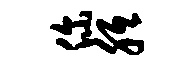
你胝